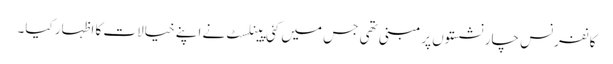
کانفرنس چار نشستوں پر مبنی تھی جس میں کئی پینلسٹ نے اپنے خیالات کا اظہار کیا۔